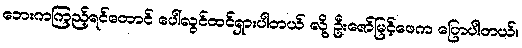
ဘေးကကြည့်ရင်တောင် ပေါ်လွင်ထင်ရှားပါတယ် လို့ ဦးဇော်မြင့်ဖေက ပြောပါတယ်။